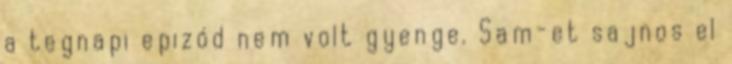
a tegnapi epizód nem volt gyenge. Sam-et sajnos el